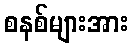
စနစ်များအား